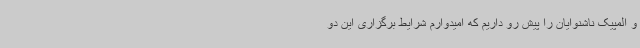
و المپیک ناشنوایان را پیش رو داریم که امیدوارم شرایط برگزاری این دو